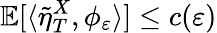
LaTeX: \mathbb{E}[\langle\tilde{\eta}_{T}^{X},\phi_{\varepsilon}\rangle]\leq c(\varepsilon)